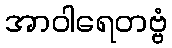
အာဝါရေတဗ္ဗံ